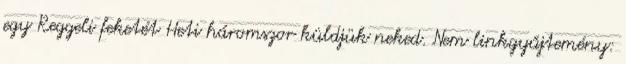
egy Reggeli feketét Heti háromszor küldjük neked. Nem linkgyűjtemény: